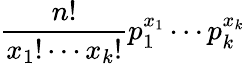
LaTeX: {\frac{n!}{x_{1}!\cdots x_{k}!}}p_{1}^{x_{1}}\cdots p_{k}^{x_{k}}